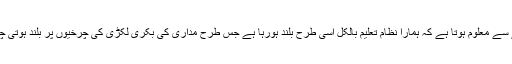
بغور دیکھنے سے معلوم ہوتا ہے کہ ہمارا نظام تعلیم بالکل اسی طرح بلند ہورہا ہے جس طرح مداری کی بکری لکڑی کی چرخیوں پر بلند ہوتی چلی جاتی ہے ۔